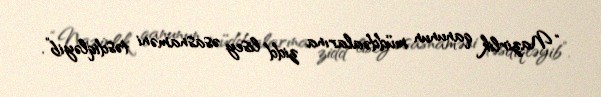
“Nazirlik qanunun müddəalarına zidd lisey əsasnaməni təsdiqləyib”.